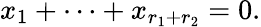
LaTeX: x_{1}+\cdots+x_{r_{1}+r_{2}}=0.